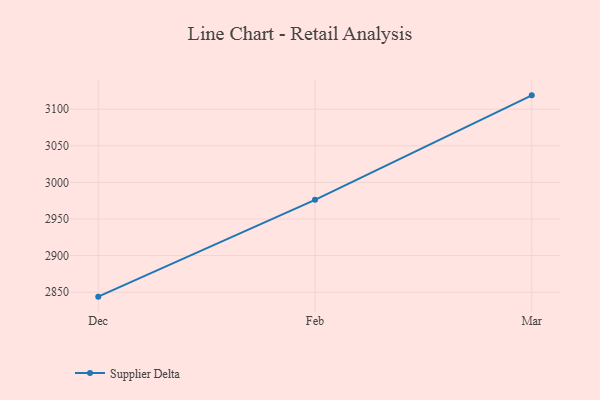
{"axis": {"x": "Month", "y": "Tickets Resolved"}, "legend": ["Supplier Delta"], "data": [{"x": "Dec", "y": 2843.9, "type": "Supplier Delta"}, {"x": "Feb", "y": 2976.2, "type": "Supplier Delta"}, {"x": "Mar", "y": 3118.9, "type": "Supplier Delta"}]}